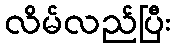
လိမ်လည်ပြီး